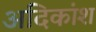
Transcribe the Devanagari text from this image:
अदिकांश